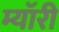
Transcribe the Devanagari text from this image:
म्यॉरी